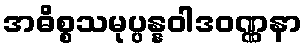
အဓိစ္စသမုပ္ပန္နဝါဒဝဏ္ဏနာ